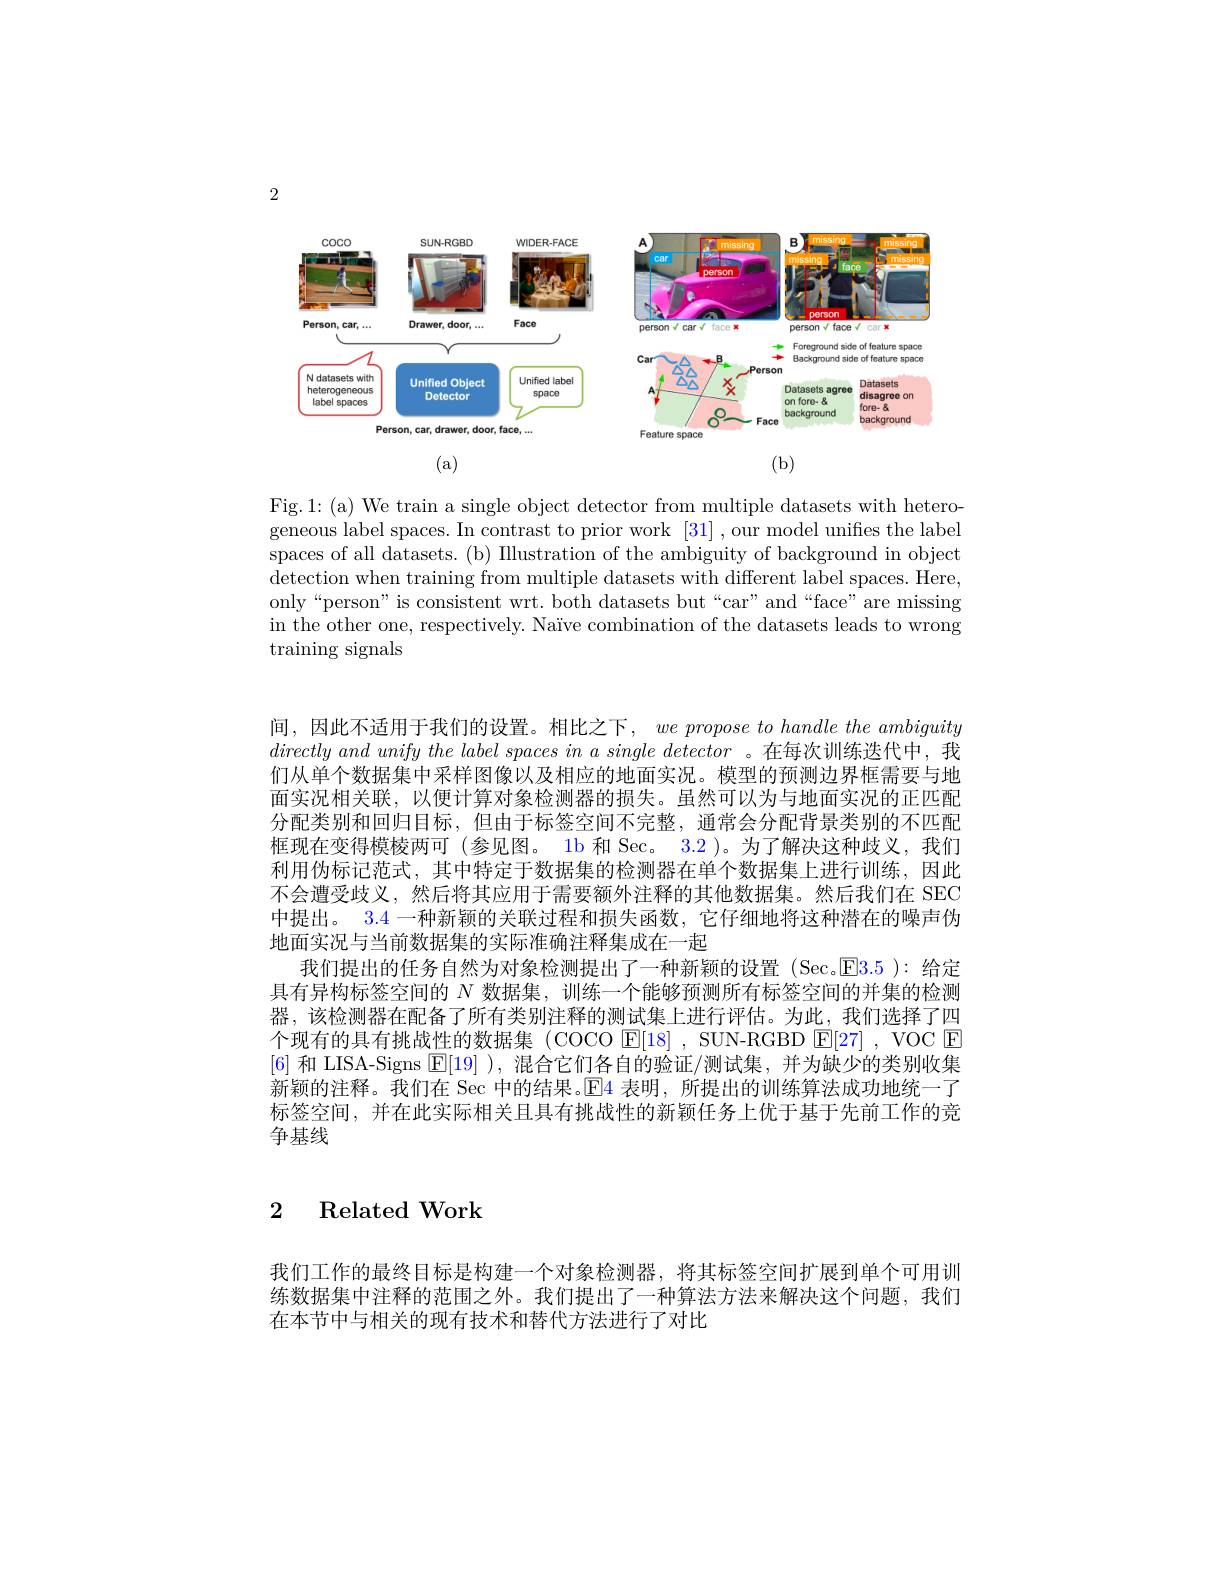
2

<FigureHere>

(a)

(b)

Fig.1:(a) We train a single object detector from multiple datasets with heterogeneous label spaces. In contrast to prior work [31] ,our model unifies the label spaces of all datasets. (b) Illustration of the ambiguity of background in object detection when training from multiple datasets with different label spaces. Here, only“person”is consistent wrt. both datasets but“car”and“face”are missing in the other one, respectively. Naïve combination of the datasets leads to wrong ${\mathrm{training~signals}}$

间，因此不适用于我们的设置。相比之下，we propose to handle the ambiguity $directlyandunifythe\textit{label spaces in a single detector 。在 每 次 训 练 迭 代 中 , 我 }$ 们从单个数据集中采样图像以及相应的地面实况。模型的预测边界框需要与地面实况相关联，以便计算对象检测器的损失。虽然可以为与地面实况的正匹配分配类别和回归目标，但由于标签空间不完整，通常会分配背景类别的不匹配框现在变得模棱两可(参见图。1b 和 Sec。3.2)。为了解决这种歧义，我们利用伪标记范式，其中特定于数据集的检测器在单个数据集上进行训练，因此不会遭受歧义，然后将其应用于需要额外注释的其他数据集。然后我们在 SEC 中提出。3.4 一种新颖的关联过程和损失函数，它仔细地将这种潜在的噪声伪地面实况与当前数据集的实际准确注释集成在一起
我们提出的任务自然为对象检测提出了一种新颖的设置(Sec。E3.5): 给定具有异构标签空间的$N$数据集，训练一个能够预测所有标签空间的并集的检测器，该检测器在配备了所有类别注释的测试集上进行评估。为此，我们选择了四个现有的具有挑战性的数据集 (COCO E[18] , SUN-RGBD E[27] , VOC $\boxed{\mathrm{E}}$ [6]和 LISA-Signs $\boxed{\mathrm{E}}[19]$ ),混合它们各自的验证/测试集，并为缺少的类别收集新颖的注释。我们在 Sec 中的结果。$\mathbb{E}$4 表明，所提出的训练算法成功地统一了标签空间，并在此实际相关且具有挑战性的新颖任务上优于基于先前工作的竞争基线

### 2 Related Work

我们工作的最终目标是构建一个对象检测器，将其标签空间扩展到单个可用训练数据集中注释的范围之外。我们提出了一种算法方法来解决这个问题，我们在本节中与相关的现有技术和替代方法进行了对比